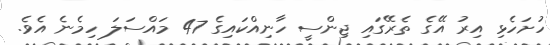
ހުށަހެޅި އިރު އޭގެ ތެރޭގައި ޖިންސީ ހާނިއްކައިގެ 47 މައްސަލަ ހިމެނެ އެވެ.